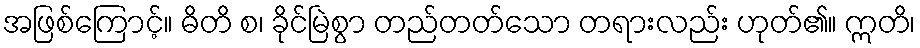
အဖြစ်ကြောင့်။ ဓိတိ စ၊ ခိုင်မြဲစွာ တည်တတ်သော တရားလည်း ဟုတ်၏။ ဣတိ၊